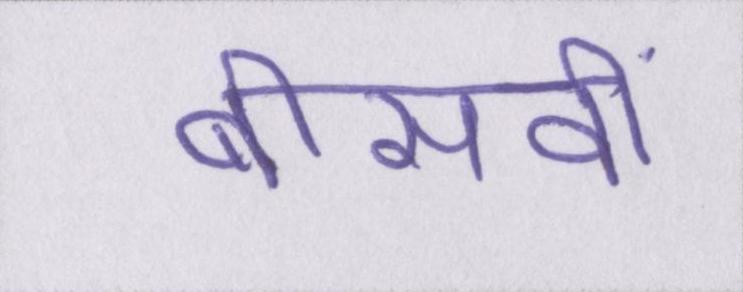
बीसवीं